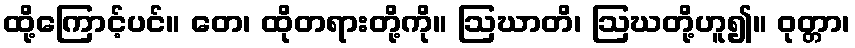
ထို့ကြောင့်ပင်။ တေ၊ ထိုတရားတို့ကို။ ဩဃာတိ၊ ဩဃတို့ဟူ၍။ ဝုတ္တာ၊